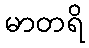
မာတရိ